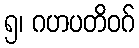
၅၊ ဂဟပတိဝဂ်